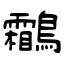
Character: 鸘